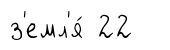
з'емл'я́ 22